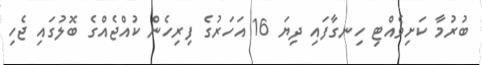
ބުރުމާ ކަށިވެއްޓި ހިނގާފައި ދިޔަ 16 އަހަރުގެ ފިރިހެން ކުއްޖެއްގެ ބޮލުގައި ޖެހި